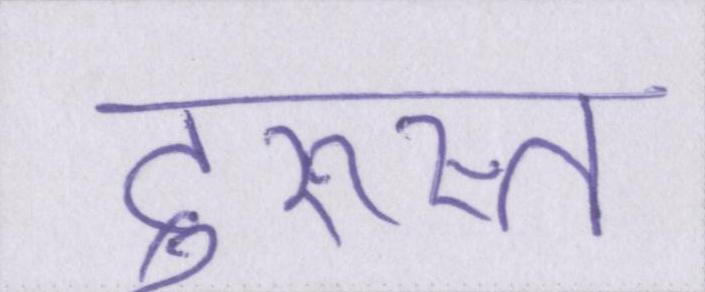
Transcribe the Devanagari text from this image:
दुरुस्त